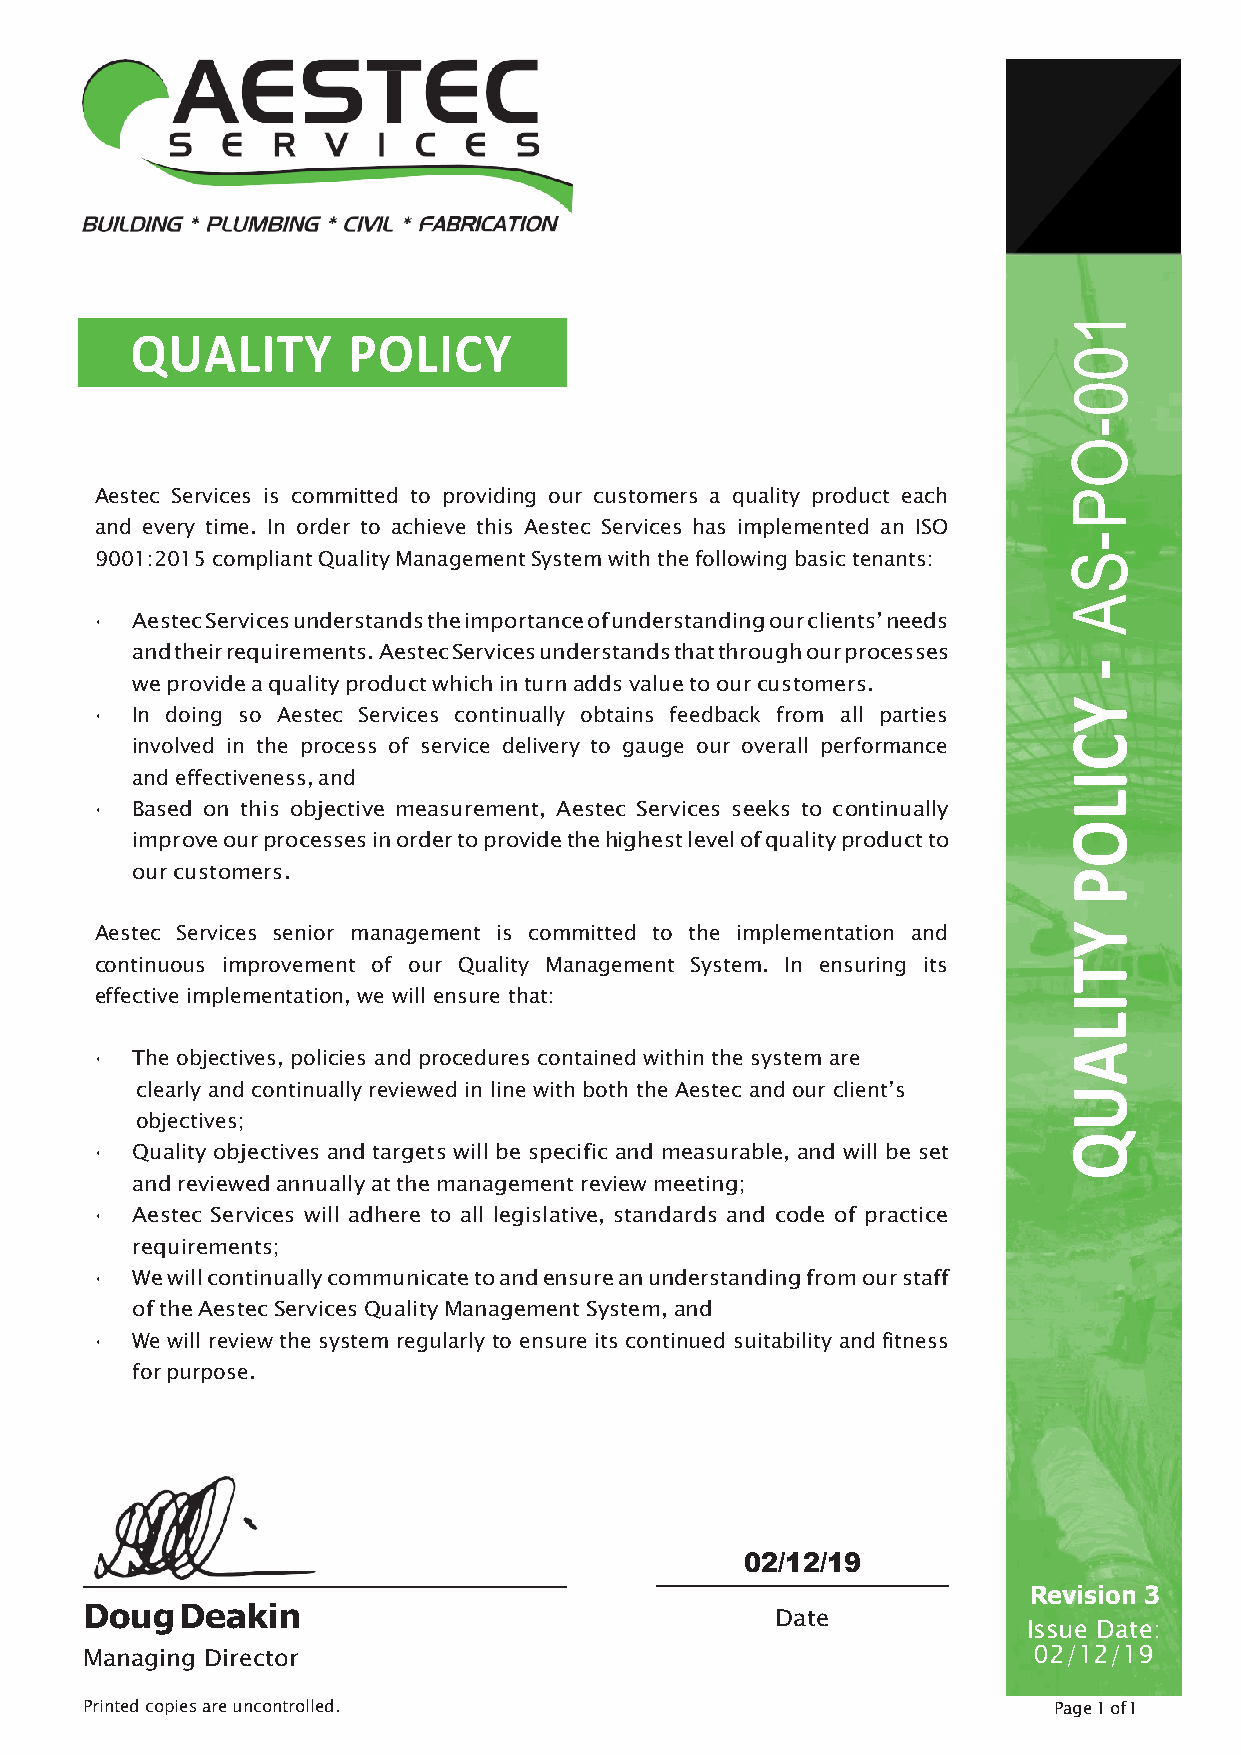
1
 QUALITY       POLICY
 0
 0
 -
 O
 Aestec Services is committed to providing our customers a quality product each P
 and every time. In order to achieve this Aestec Services has implemented an ISO
 -
 9001:2015 compliant Quality Management System with the following basic tenants: S
 A
 •  Aestec Services understands the importance of understanding our clients’ needs
 and their requirements. Aestec Services understands that through our processes
 -
 we provide a quality product which in turn adds value to our customers.
 Y
 •  In doing so Aestec Services continually obtains feedback from all parties
 involved in the process of service delivery to gauge our overall performance C
 and effectiveness, and                                       I
 L
 •  Based on this objective measurement, Aestec Services seeks to continually
 O
 improve our processes in order to provide the highest level of quality product to
 our customers.                                               P
 Aestec Services senior management is committed to the implementation and Y
 continuous improvement of our Quality Management System. In ensuring its T
 effective implementation, we will ensure that:
 I
 L
 A
 •  The objectives, policies and procedures contained within the system are
 clearly and continually reviewed in line with both the Aestec and our client’s U
 objectives;
 Q
 •  Quality objectives and targets will be specific and measurable, and will be set
 and reviewed annually at the management review meeting;
 •  Aestec Services will adhere to all legislative, standards and code of practice
 requirements;
 •  We will continually communicate to and ensure an understanding from our staff
 of the Aestec Services Quality Management System, and
 •  We will review the system regularly to ensure its continued suitability and fitness
 for purpose.
 02/12/19
 Revision 3
 Doug   Deakin
 Date
 Issue Date:
 Managing Director                                              02/12/19
 Printed copies are uncontrolled.                                 Page 1 of 1